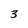
Character: 3